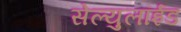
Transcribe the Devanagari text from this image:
सेल्युलॉईड